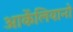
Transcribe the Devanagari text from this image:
आर्केलियानो